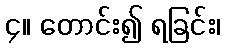
၄။ တောင်း၍ ရခြင်း၊